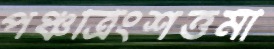
পঞ্চত্রিংশত্তমী